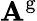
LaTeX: \mathbf{A}^{\mathrm{{g}}}